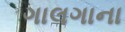
ગાલગાના